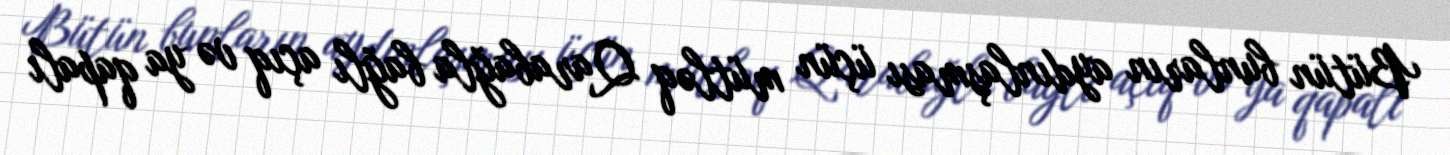
Bütün bunların aydınlaşması üçün mütləq Qarabağla bağlı açıq və ya qapalı